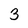
Character: 3